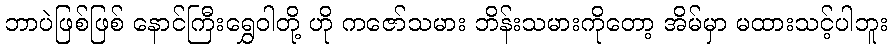
ဘာပဲဖြစ်ဖြစ် နောင်ကြီးရွှေဝါတို့ ဟို ကဇော်သမား ဘိန်းသမားကိုတော့ အိမ်မှာ မထားသင့်ပါဘူး